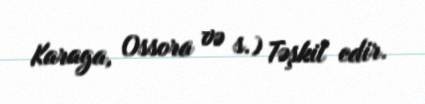
Karaga, Ossora və s.) Təşkil edir.